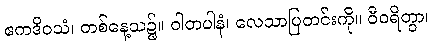
ဧကဒိဝသံ၊ တစ်နေ့သ၌။ ဝါတပါနံ၊ လေသာပြတင်းကို။ ဝီဝရိတွာ၊